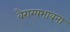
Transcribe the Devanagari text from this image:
वैराग्यभावना